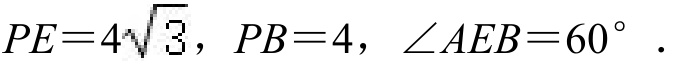
\(PE = 4\sqrt{3}\)，\(PB = 4\)，\(\angle AEB = 60^{\circ}\).